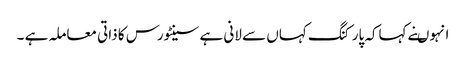
انہوںنے کہاکہ پارکنگ کہاں سے لانی ہے سینٹورس کا ذاتی معاملہ ہے ۔